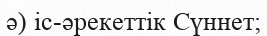
ә) іс-әрекеттік Сүннет;